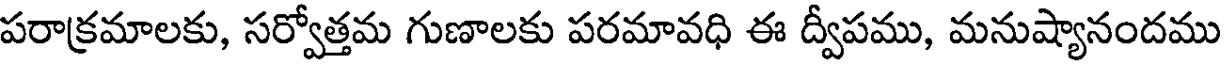
పరాక్రమాలకు, సర్వోత్తమ గుణాలకు పరమావధి ఈ ద్వీపము, మనుష్యానందము